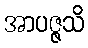
အာပဇ္ဇသိ